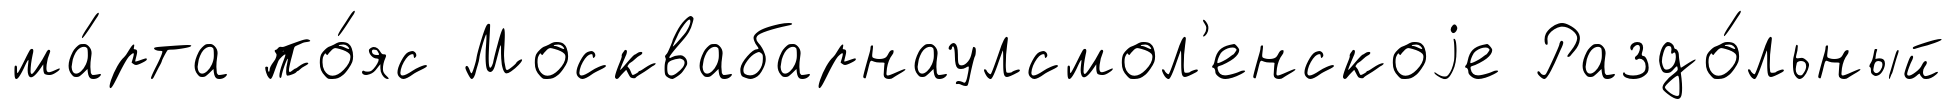
ма́рта по́яс Москвабарнаулсмол'енскоjе Раздо́льный